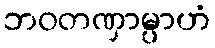
ဘဝတဏှာမ္ပာဟံ